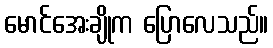
မောင်အေးချိုက ပြောလေသည်။